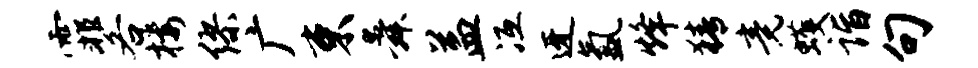
霏各楼缪广束舜益冱迓氲烽猜竟蠖诣句